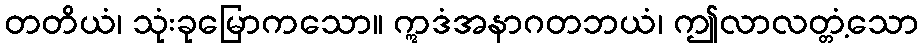
တတိယံ၊ သုံးခုမြောကသော။ ဣဒံအနာဂတဘယံ၊ ဤလာလတ္တံ့သော